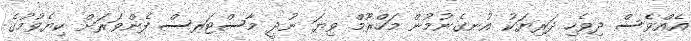
އެއްވެސް ދިވެހި ދަރިޔަކު އުނގެނުމުން މަހްރޫމް ވިޔަ ނުދީ މާސްޓަރސް ފެންވަރަށް ކިޔެވުމުގެ